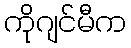
ကိုဂျင်မီက